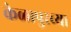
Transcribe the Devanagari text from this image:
केळापुरच्या